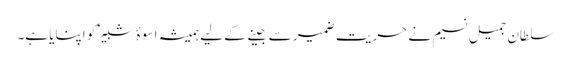
سلطان جمیل نسیم نے حریت ضمیر سے جینے کے لیے ہمیشہ اسوۂ شبیرؑ کو اپنایا ہے۔